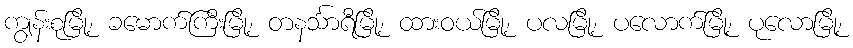
ကျွန်းစုမြို့၊ ခမောက်ကြီးမြို့၊ တနင်္သာရီမြို့၊ ထားဝယ်မြို့၊ ပလမြို့၊ ပလောက်မြို့၊ ပုလောမြို့၊